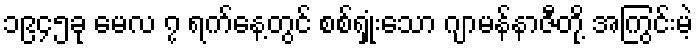
၁၉၄၅ခု မေလ ၇ ရက်နေ့တွင် စစ်ရှုံးသော ဂျာမန်နာဇီတို့ အကြွင်းမဲ့